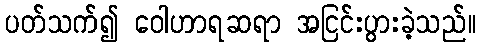
ပတ်သက်၍ ဝေါဟာရဆရာ အငြင်းပွားခဲ့သည်။